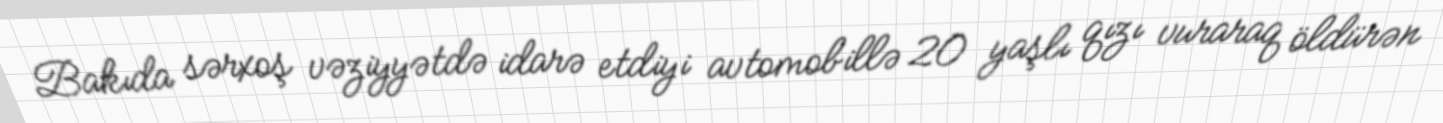
Bakıda sərxoş vəziyyətdə idarə etdiyi avtomobillə 20 yaşlı qızı vuraraq öldürən